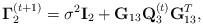
LaTeX: \begin{align*}{\bf \Gamma}^{(t+1)}_2=\sigma^{2}{\bf I}_2+{\bf G}_{13}{\bf Q}^{(t)}_3{\bf G}_{13}^{T},\end{align*}